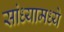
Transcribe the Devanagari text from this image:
सांध्यामध्ये